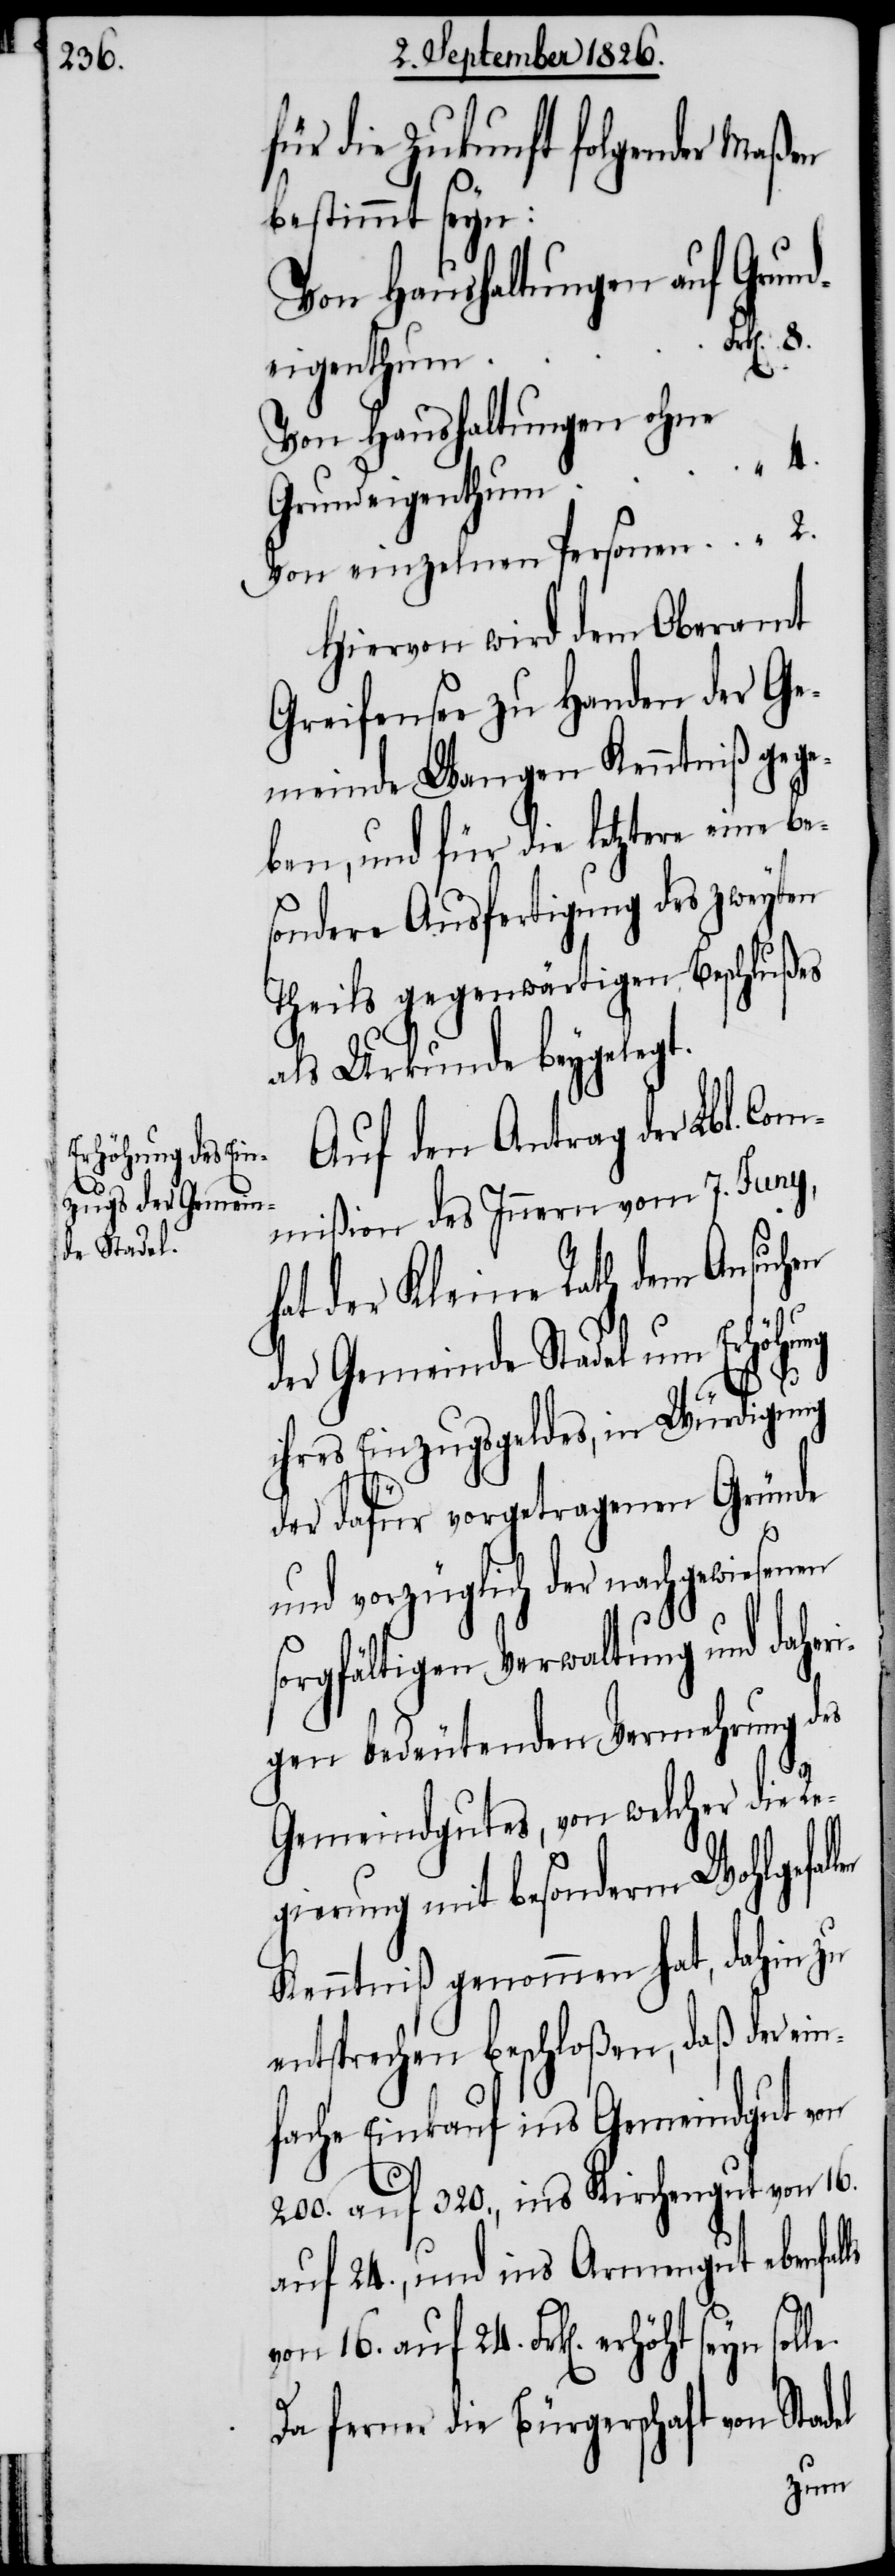
für die Zukunft folgender Maßen
bestimmt seyn:
Von Haushaltungen ohne
Hiervon wird dem Oberamt
Greifensee zu Handen der Ge¬
meinde Wangen Kenntniß gege¬
ben, und für die letztere eine be¬
sondere Ausfertigung des zweyten
Theils gegenwärtigen Beschlußes
als Urkunde beygelegt.
Auf den Antrag der Lbl. Co¬
mmißion des Innern vom 7. Juny,
hat der Kleine Rath dem Ansuchen
der Gemeinde Stadel um Erhöhung
ihres Einzugsgeldes, in Würdigung
der dafür vorgetragenen Gründe
und vorzüglich der nachgewiesenen
sorgfältigen Verwaltung und daher¬
igen bedeutenden Vermehrung des
Gemeindgutes, von welcher die Re¬
gierung mit besonderm Wohlgefal¬
Kenntniß genommen hat, dahin zu
entsprechen beschloßen, daß der ein¬
fache Einkauf ins Gemeindgut von
200. auf 320., ins Kirchengut von 16.
auf 24., und ins Armengut ebenfal¬
el
von 16. auf 24. Frk[en]. erhöht
Da ferner die Bürgerschaft von Stad¬